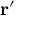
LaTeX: \mathbf { r } ^ { \prime }